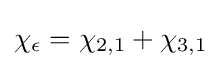
\chi _{\epsilon }=\chi _{2,1}+\chi _{3,1}